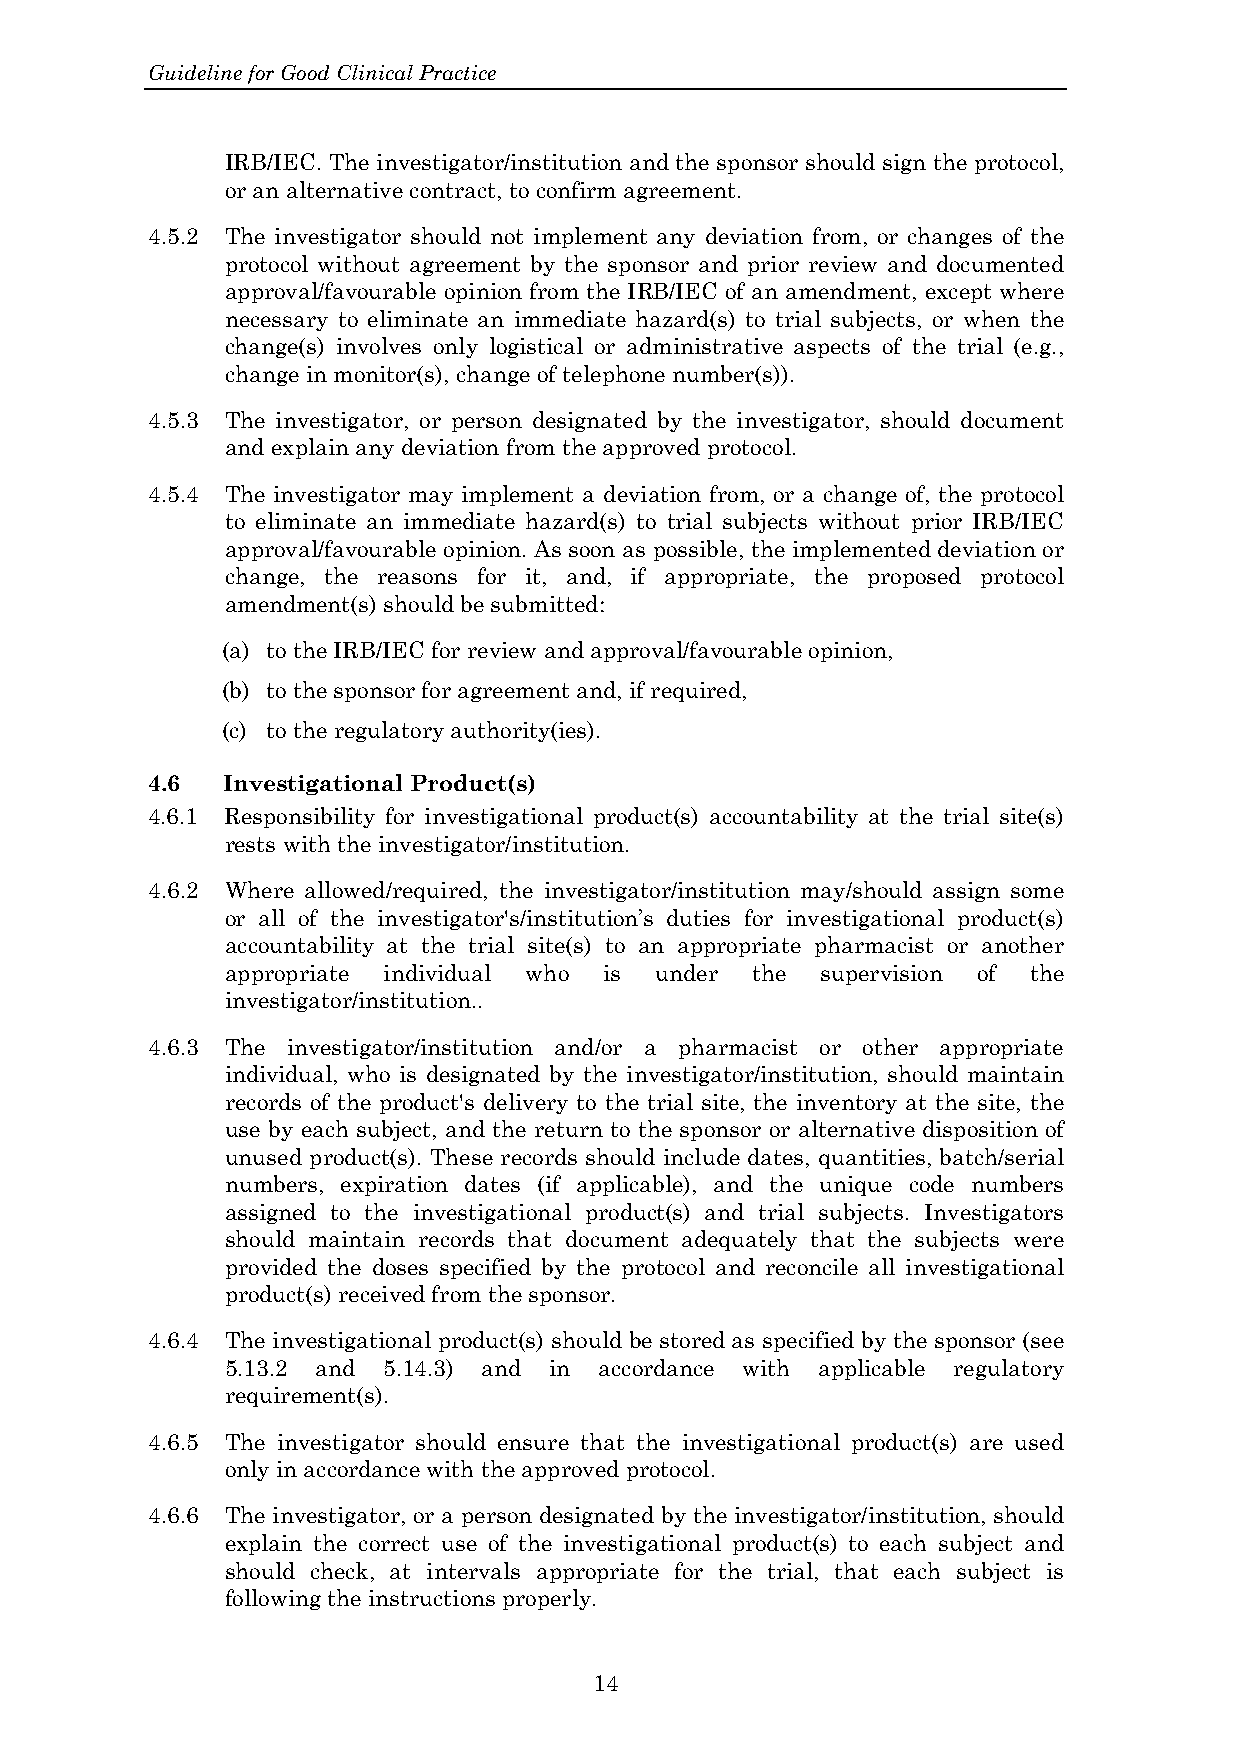
Guideline for Good Clinical Practice
 IRB/IEC. The investigator/institution and the sponsor should sign the protocol,
 or an alternative contract, to confirm agreement.
 4.5.2 The investigator should not implement any deviation from, or changes of the
 protocol without agreement by the sponsor and prior review and documented
 approval/favourable opinion from the IRB/IEC of an amendment, except where
 necessary to eliminate an immediate hazard(s) to trial subjects, or when the
 change(s) involves only logistical or administrative aspects of the trial (e.g.,
 change in monitor(s), change of telephone number(s)).
 4.5.3 The investigator, or person designated by the investigator, should document
 and explain any deviation from the approved protocol.
 4.5.4 The investigator may implement a deviation from, or a change of, the protocol
 to eliminate an immediate hazard(s) to trial subjects without prior IRB/IEC
 approval/favourable opinion. As soon as possible, the implemented deviation or
 change, the reasons for it, and, if appropriate, the proposed protocol
 amendment(s) should be submitted:
 (a) to the IRB/IEC for review and approval/favourable opinion,
 (b) to the sponsor for agreement and, if required,
 (c) to the regulatory authority(ies).
 4.6  Investigational Product(s)
 4.6.1 Responsibility for investigational product(s) accountability at the trial site(s)
 rests with the investigator/institution.
 4.6.2 Where allowed/required, the investigator/institution may/should assign some
 or all of the investigator's/institution’s duties for investigational product(s)
 accountability at the trial site(s) to an appropriate pharmacist or another
 appropriate individual who is under the supervision of the
 investigator/institution..
 4.6.3 The investigator/institution and/or a pharmacist or other appropriate
 individual, who is designated by the investigator/institution, should maintain
 records of the product's delivery to the trial site, the inventory at the site, the
 use by each subject, and the return to the sponsor or alternative disposition of
 unused product(s). These records should include dates, quantities, batch/serial
 numbers, expiration dates (if applicable), and the unique code numbers
 assigned to the investigational product(s) and trial subjects. Investigators
 should maintain records that document adequately that the subjects were
 provided the doses specified by the protocol and reconcile all investigational
 product(s) received from the sponsor.
 4.6.4 The investigational product(s) should be stored as specified by the sponsor (see
 5.13.2 and 5.14.3) and in accordance with applicable regulatory
 requirement(s).
 4.6.5 The investigator should ensure that the investigational product(s) are used
 only in accordance with the approved protocol.
 4.6.6 The investigator, or a person designated by the investigator/institution, should
 explain the correct use of the investigational product(s) to each subject and
 should check, at intervals appropriate for the trial, that each subject is
 following the instructions properly.
 14